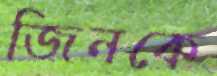
জিনকে